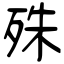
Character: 殊